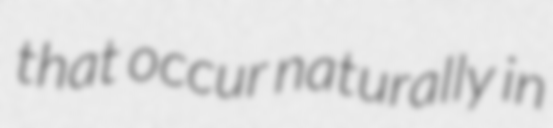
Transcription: that occur naturally in